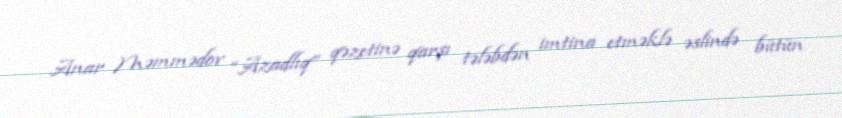
Anar Məmmədov “Azadlıq” qəzetinə qarşı tələbdən imtina etməklə əslində bütün